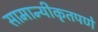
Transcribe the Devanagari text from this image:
सामान्यीकृतपणे